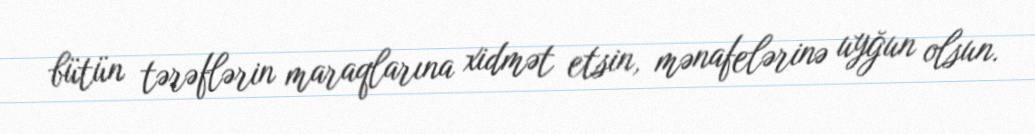
bütün tərəflərin maraqlarına xidmət etsin, mənafelərinə uyğun olsun.